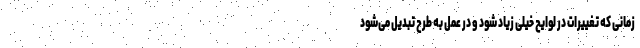
زمانی که تغییرات در لوایح خیلی زیاد شود و در عمل به طرح تبدیل می‌شود